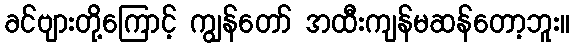
ခင်ဗျားတို့ကြောင့် ကျွန်တော် အထီးကျန်မဆန်တော့ဘူး။